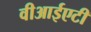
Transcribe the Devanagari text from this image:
वीआईएटी